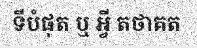
ទីបំផុត ឬ អ្វី តថាគត